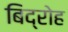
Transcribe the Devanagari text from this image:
बिद्रोह